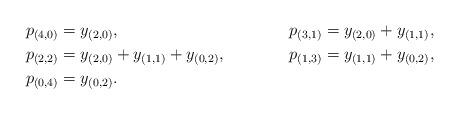
LaTeX: \begin{align*} p_{(4,0)} &= y_{(2,0)}, & p_{(3,1)} &= y_{(2,0)}+y_{(1,1)}, \\ p_{(2,2)} &= y_{(2,0)}+y_{(1,1)}+y_{(0,2)}, & p_{(1,3)} &= y_{(1,1)}+y_{(0,2)}, \\ p_{(0,4)} &= y_{(0,2)}. \end{align*}